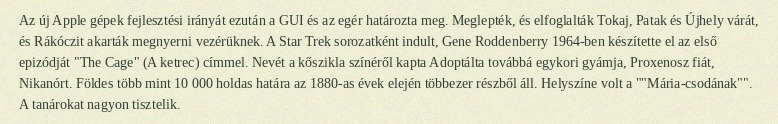
Az új Apple gépek fejlesztési irányát ezután a GUI és az egér határozta meg. Meglepték, és elfoglalták Tokaj, Patak és Újhely várát, és Rákóczit akarták megnyerni vezérüknek. A Star Trek sorozatként indult, Gene Roddenberry 1964-ben készítette el az első epizódját "The Cage" (A ketrec) címmel. Nevét a kőszikla színéről kapta Adoptálta továbbá egykori gyámja, Proxenosz fiát, Nikanórt. Földes több mint 10 000 holdas határa az 1880-as évek elején többezer részből áll. Helyszíne volt a ""Mária-csodának"". A tanárokat nagyon tisztelik.